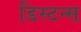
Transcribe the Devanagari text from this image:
डिस्टन्स